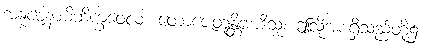
အနုဇာနာမိဘိက္ခဝေလ၊ တောဇေတုန္တိအာဒိသု၊ ဤသို့အစရှိသည်တို့၌။